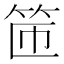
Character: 𫁹